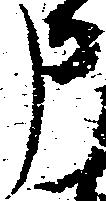
申